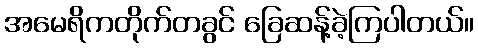
အမေရိကတိုက်တခွင် ခြေဆန့်ခဲ့ကြပါတယ်။